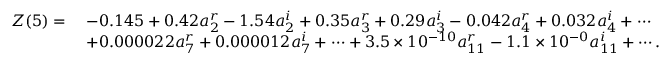
\begin{array} { r l } { Z ( 5 ) = \mathstrut } & { - 0 . 1 4 5 + 0 . 4 2 a _ { 2 } ^ { r } - 1 . 5 4 a _ { 2 } ^ { i } + 0 . 3 5 a _ { 3 } ^ { r } + 0 . 2 9 a _ { 3 } ^ { i } - 0 . 0 4 2 a _ { 4 } ^ { r } + 0 . 0 3 2 a _ { 4 } ^ { i } + \cdots } \\ & { + 0 . 0 0 0 0 2 2 a _ { 7 } ^ { r } + 0 . 0 0 0 0 1 2 a _ { 7 } ^ { i } + \cdots + 3 . 5 \times 1 0 ^ { - 1 0 } a _ { 1 1 } ^ { r } - 1 . 1 \times 1 0 ^ { - 0 } a _ { 1 1 } ^ { i } + \cdots . } \end{array}